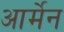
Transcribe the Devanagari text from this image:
आर्मेन